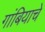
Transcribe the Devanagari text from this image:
गांबियाचे